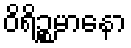
ဝိရိဉ္စမာနော